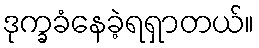
ဒုက္ခခံနေခဲ့ရရှာတယ်။